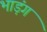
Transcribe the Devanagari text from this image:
भाड़ंग